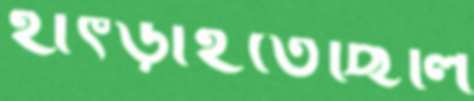
হাৎড়াইতেছিলি